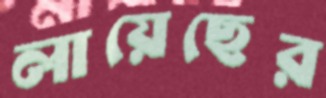
লায়েছের